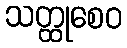
သတ္ထုစေဝ